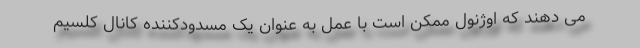
می دهند که اوژنول ممکن است با عمل به عنوان یک مسدودکننده کانال کلسیم